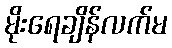
မိုးရေချိန်လက်မ